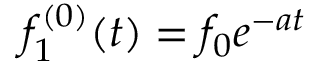
f _ { 1 } ^ { ( 0 ) } ( t ) = f _ { 0 } e ^ { - a t }